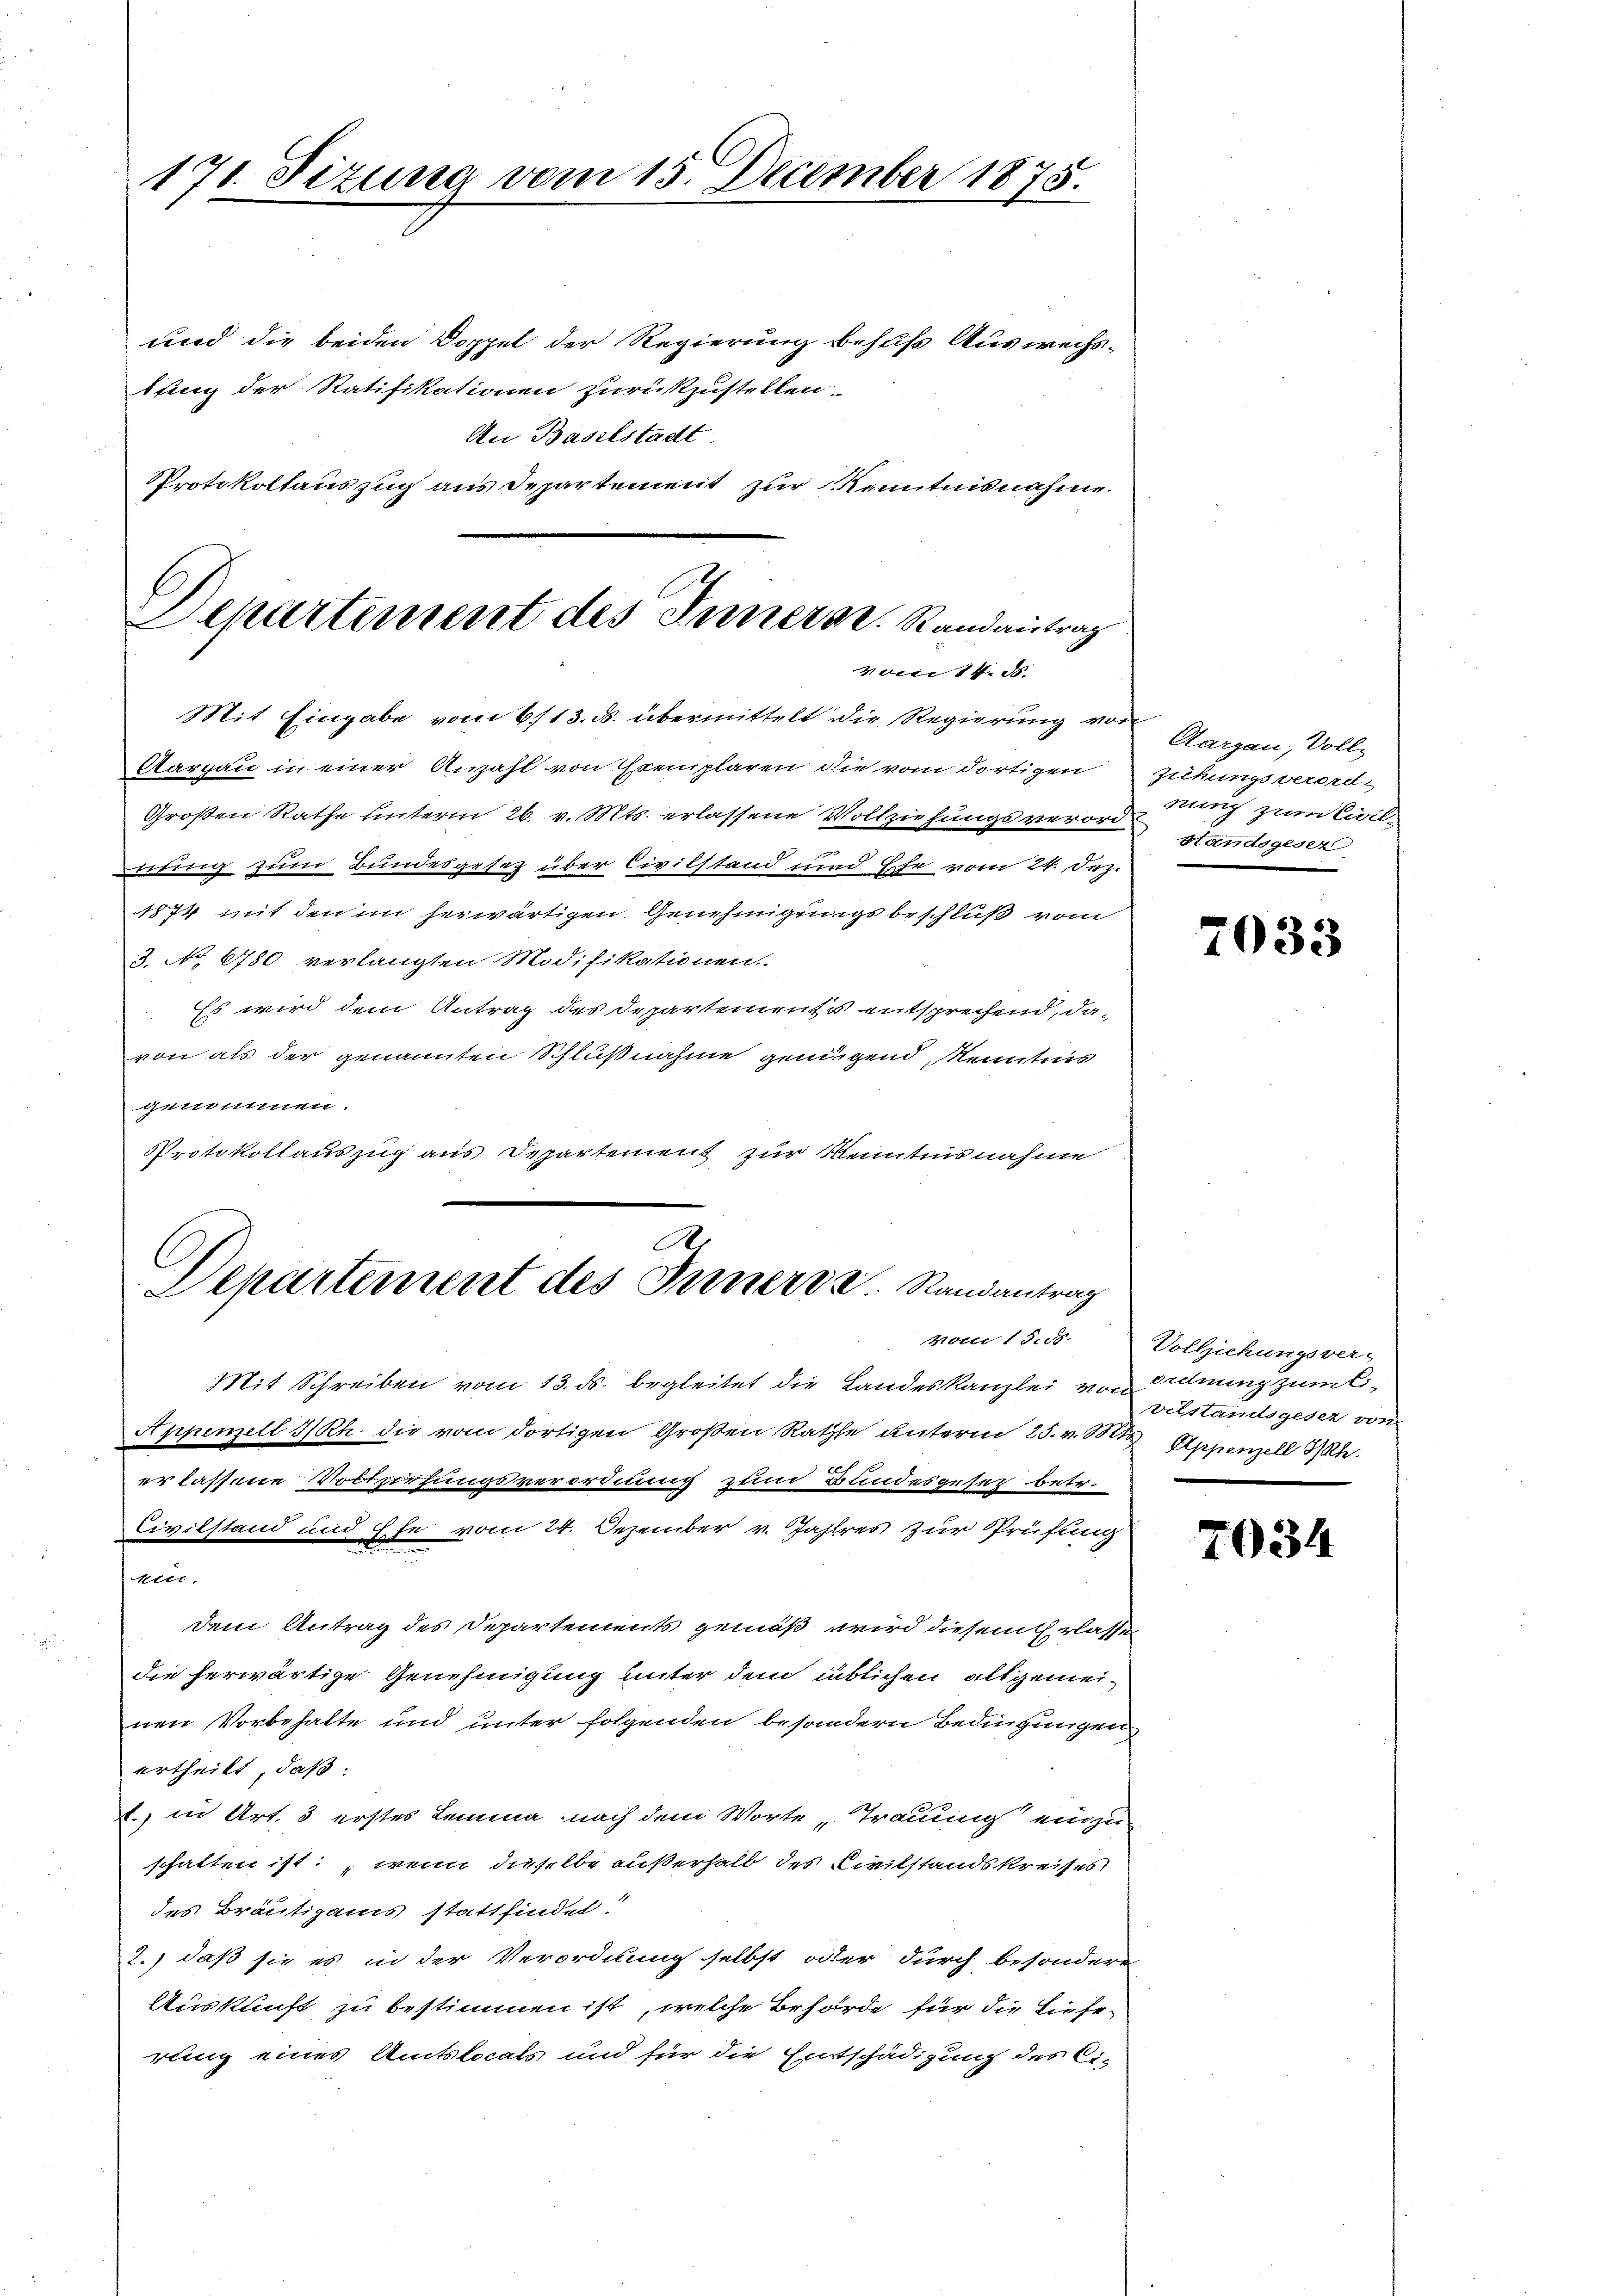
171. Seizung vom 15. December 1875.

und die beiden Doppel der Regierung behufs Auswechsttung der Ratifikationen zurückzustellen.
An Baselstadt.
Protokollauszug aus Departement zur Kenntnisnahme.
Mit Eingabe vom 6/13. ds. übermittelt die Regierung von
Aargau in einer Anzahl von Exemplaren die vom dortigen sühungsverord-
Großen Rathe unterm 26. v. Mts. erlassene Vollziehungsverord¬
Litten zum Bundesgesetz über Civilstand und Ehe vom 24. Dez.
1874 mit den im herwärtigen Genehmigungs beschluß vom
3. No 6780 verlangten Modifikationen
Es wird dem Antrag des Departements entsprechend, da-
von als der genannten Schlußnahme genügend, kenntnis
genommen.
Protokollauszug aus Departement zur Kenntnisnahme
.
C
Departement des Ferners v. Randantrag
Motte 1 S. 18.
Mit Schreiben vom 13. ds. begleitet die Landeskanzlei von Ordnung zum li¬
Appenzell I/Rh. die vom dortigen Großen Rathe unterm 25. v. Mts. Appenzell St.
erlassene Vortürfungsverordnung zum Bundesgesez betr.
Civilstand und Ehe vom 24. Dezember v. Jahres zur Prüfung
Metr.
dem Antrag des Departements gemäß wird diesem Erlassen
die herwärtige Genehmigung unter dem üblichen allgemeinen Vorbehalte und unter folgenden besondern Bedingungen
urtheilt, daß
t., in Art. 3 erstes Lemma nach dem Worte „Trauung einzu-
schaften ist, wenn dieselbe außerhalb des Civilstandskreises,
des Bräutigams stattfindet:
2.) daß sie es in der Verordnung selbst oder durch besondere
Auskunft zu bestimmen ist, welche Behörde für die Lieferung eines Amtslocals und für die Entschädigung des Ci-

C
Departement des Innern. Randantrag
vor 14. d.

Aargau, Vollnung zum Civil¬
Handsgeser

7033

Vollziehungsver-
vilstandsgesez von

7034